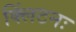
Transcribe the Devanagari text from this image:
क्लिंटनः